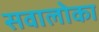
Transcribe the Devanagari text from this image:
सवालोका